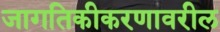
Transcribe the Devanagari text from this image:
जागतिकीकरणावरील